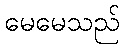
မေမေသည်